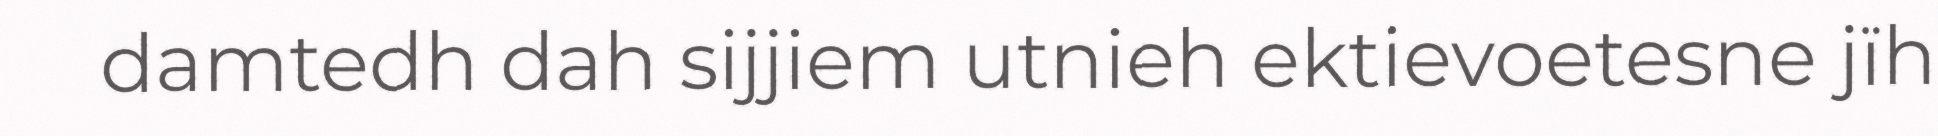
damtedh dah sijjiem utnieh ektievoetesne jïh